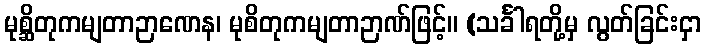
မုစ္ဆိတုကမျတာဉာဏေန၊ မုစိတုကမျတာဉာဏ်ဖြင့်။ (သင်္ခါရတို့မှ လွတ်ခြင်းငှာ